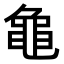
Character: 𬹝